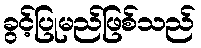
ခွင့်ပြုမည်ဖြစ်သည်